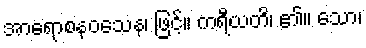
အာရောစနဝသေန၊ ဖြင့်။ ကရီယတိ၊ ၏။ သော၊